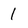
Character: 1